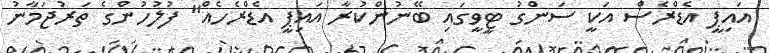
އައިޕީ އެޑްރެސް އަކީ ސަންގު ޓީވީގައި ބޭނުންކުރާ އައިޕީ އެޑްރެހެއް" ފުލުހުންގެ ތަރުޖަމާނު